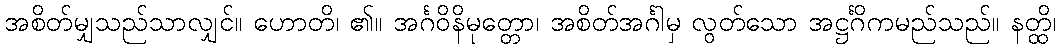
အစိတ်မျှသည်သာလျှင်။ ဟောတိ၊ ၏။ အင်္ဂဝိနိမုတ္တော၊ အစိတ်အင်္ဂါမှ လွတ်သော အဋ္ဌင်္ဂိကမည်သည်။ နတ္ထိ၊